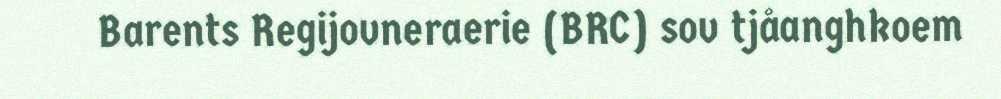
Barents Regijovneraerie (BRC) sov tjåanghkoem